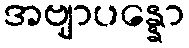
အဗျာပန္နော